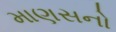
માણસનો